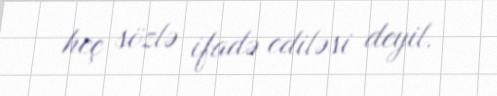
heç sözlə ifadə ediləsi deyil.